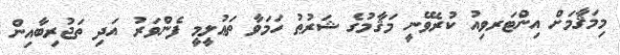
މިމަޤާމަށް އިންޓަރވިއު ކުރެވޭނީ މަޤާމުގެ ޝަރުޠު ހަމަވާ ތަޢުލީމީ ފެންވަރު އަދި ތަޖުރިބާއިން